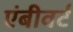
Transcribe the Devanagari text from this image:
एंबीवर्ट